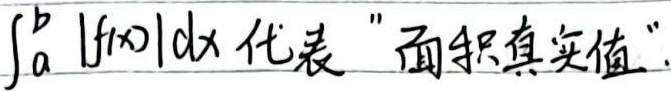
\(\int_{a}^{b} |f(x)|\mathrm{d}x\) 代表 “面积真实值”。